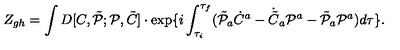
Z _ { g h } = \int D [ C , \tilde { \cal P } ; { \cal P } , \tilde { C } ] \cdot \exp \{ i \int _ { \tau _ { i } } ^ { \tau _ { f } } ( \tilde { \cal P } _ { a } \dot { C } ^ { a } - \dot { \tilde { C } } _ { a } { \cal P } ^ { a } - \tilde { \cal P } _ { a } { \cal P } ^ { a } ) d \tau \} .